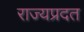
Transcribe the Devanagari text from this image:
राज्यप्रदत